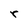
Character: r